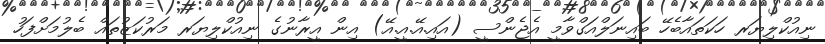
ނިއުކްލިޔަރ ހަކަތައާބެހޭ ބައިނަލްއަގްވާމީ އެޖެންސީ (އައި.އޭ.އީ.އޭ) އިން އީރާނުގެ ނިއުކްލިޔަރ މަރުކަޒުތައް ބެލުމަށްފަހު